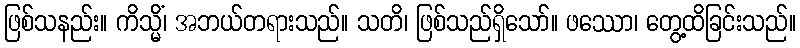
ဖြစ်သနည်း။ ကိသ္မိံ၊ အဘယ်တရားသည်။ သတိ၊ ဖြစ်သည်ရှိသော်။ ဖဿော၊ တွေ့ထိခြင်းသည်။